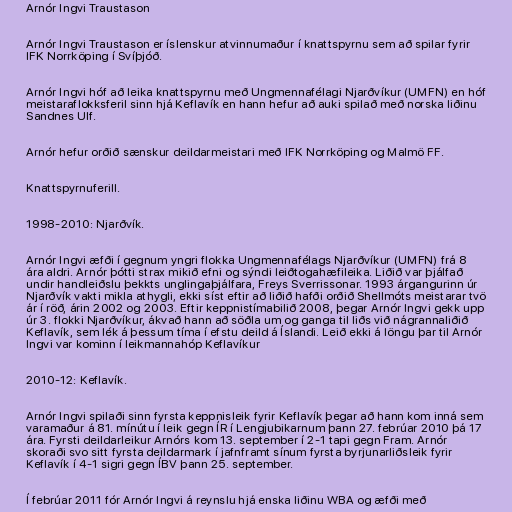
Arnór Ingvi Traustason

Arnór Ingvi Traustason er íslenskur atvinnumaður í knattspyrnu sem að spilar fyrir
IFK Norrköping í Svíþjóð.

Arnór Ingvi hóf að leika knattspyrnu með Ungmennafélagi Njarðvíkur (UMFN) en hóf
meistaraflokksferil sinn hjá Keflavík en hann hefur að auki spilað með norska liðinu
Sandnes Ulf.

Arnór hefur orðið sænskur deildarmeistari með IFK Norrköping og Malmö FF.

Knattspyrnuferill.

1998-2010: Njarðvík.

Arnór Ingvi æfði í gegnum yngri flokka Ungmennafélags Njarðvíkur (UMFN) frá 8
ára aldri. Arnór þótti strax mikið efni og sýndi leiðtogahæfileika. Liðið var þjálfað
undir handleiðslu þekkts unglingaþjálfara, Freys Sverrissonar. 1993 árgangurinn úr
Njarðvík vakti mikla athygli, ekki síst eftir að liðið hafði orðið Shellmóts meistarar tvö
ár í röð, árin 2002 og 2003. Eftir keppnistímabilið 2008, þegar Arnór Ingvi gekk upp
úr 3. flokki Njarðvíkur, ákvað hann að söðla um og ganga til liðs við nágrannaliðið
Keflavík, sem lék á þessum tíma í efstu deild á Íslandi. Leið ekki á löngu þar til Arnór
Ingvi var kominn í leikmannahóp Keflavíkur

2010-12: Keflavík.

Arnór Ingvi spilaði sinn fyrsta keppnisleik fyrir Keflavík þegar að hann kom inná sem
varamaður á 81. mínútu í leik gegn ÍR í Lengjubikarnum þann 27. febrúar 2010 þá 17
ára. Fyrsti deildarleikur Arnórs kom 13. september í 2-1 tapi gegn Fram. Arnór
skoraði svo sitt fyrsta deildarmark í jafnframt sínum fyrsta byrjunarliðsleik fyrir
Keflavík í 4-1 sigri gegn ÍBV þann 25. september.

Í febrúar 2011 fór Arnór Ingvi á reynslu hjá enska liðinu WBA og æfði með